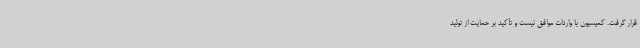
قرار گرفت. کمیسیون با واردات موافق نیست و تأکید بر حمایت از تولید